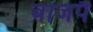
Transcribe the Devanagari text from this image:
बाजपै